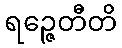
ရဉ္ဇေတီတိ